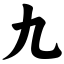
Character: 九